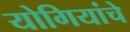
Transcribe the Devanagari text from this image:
योगियांचे